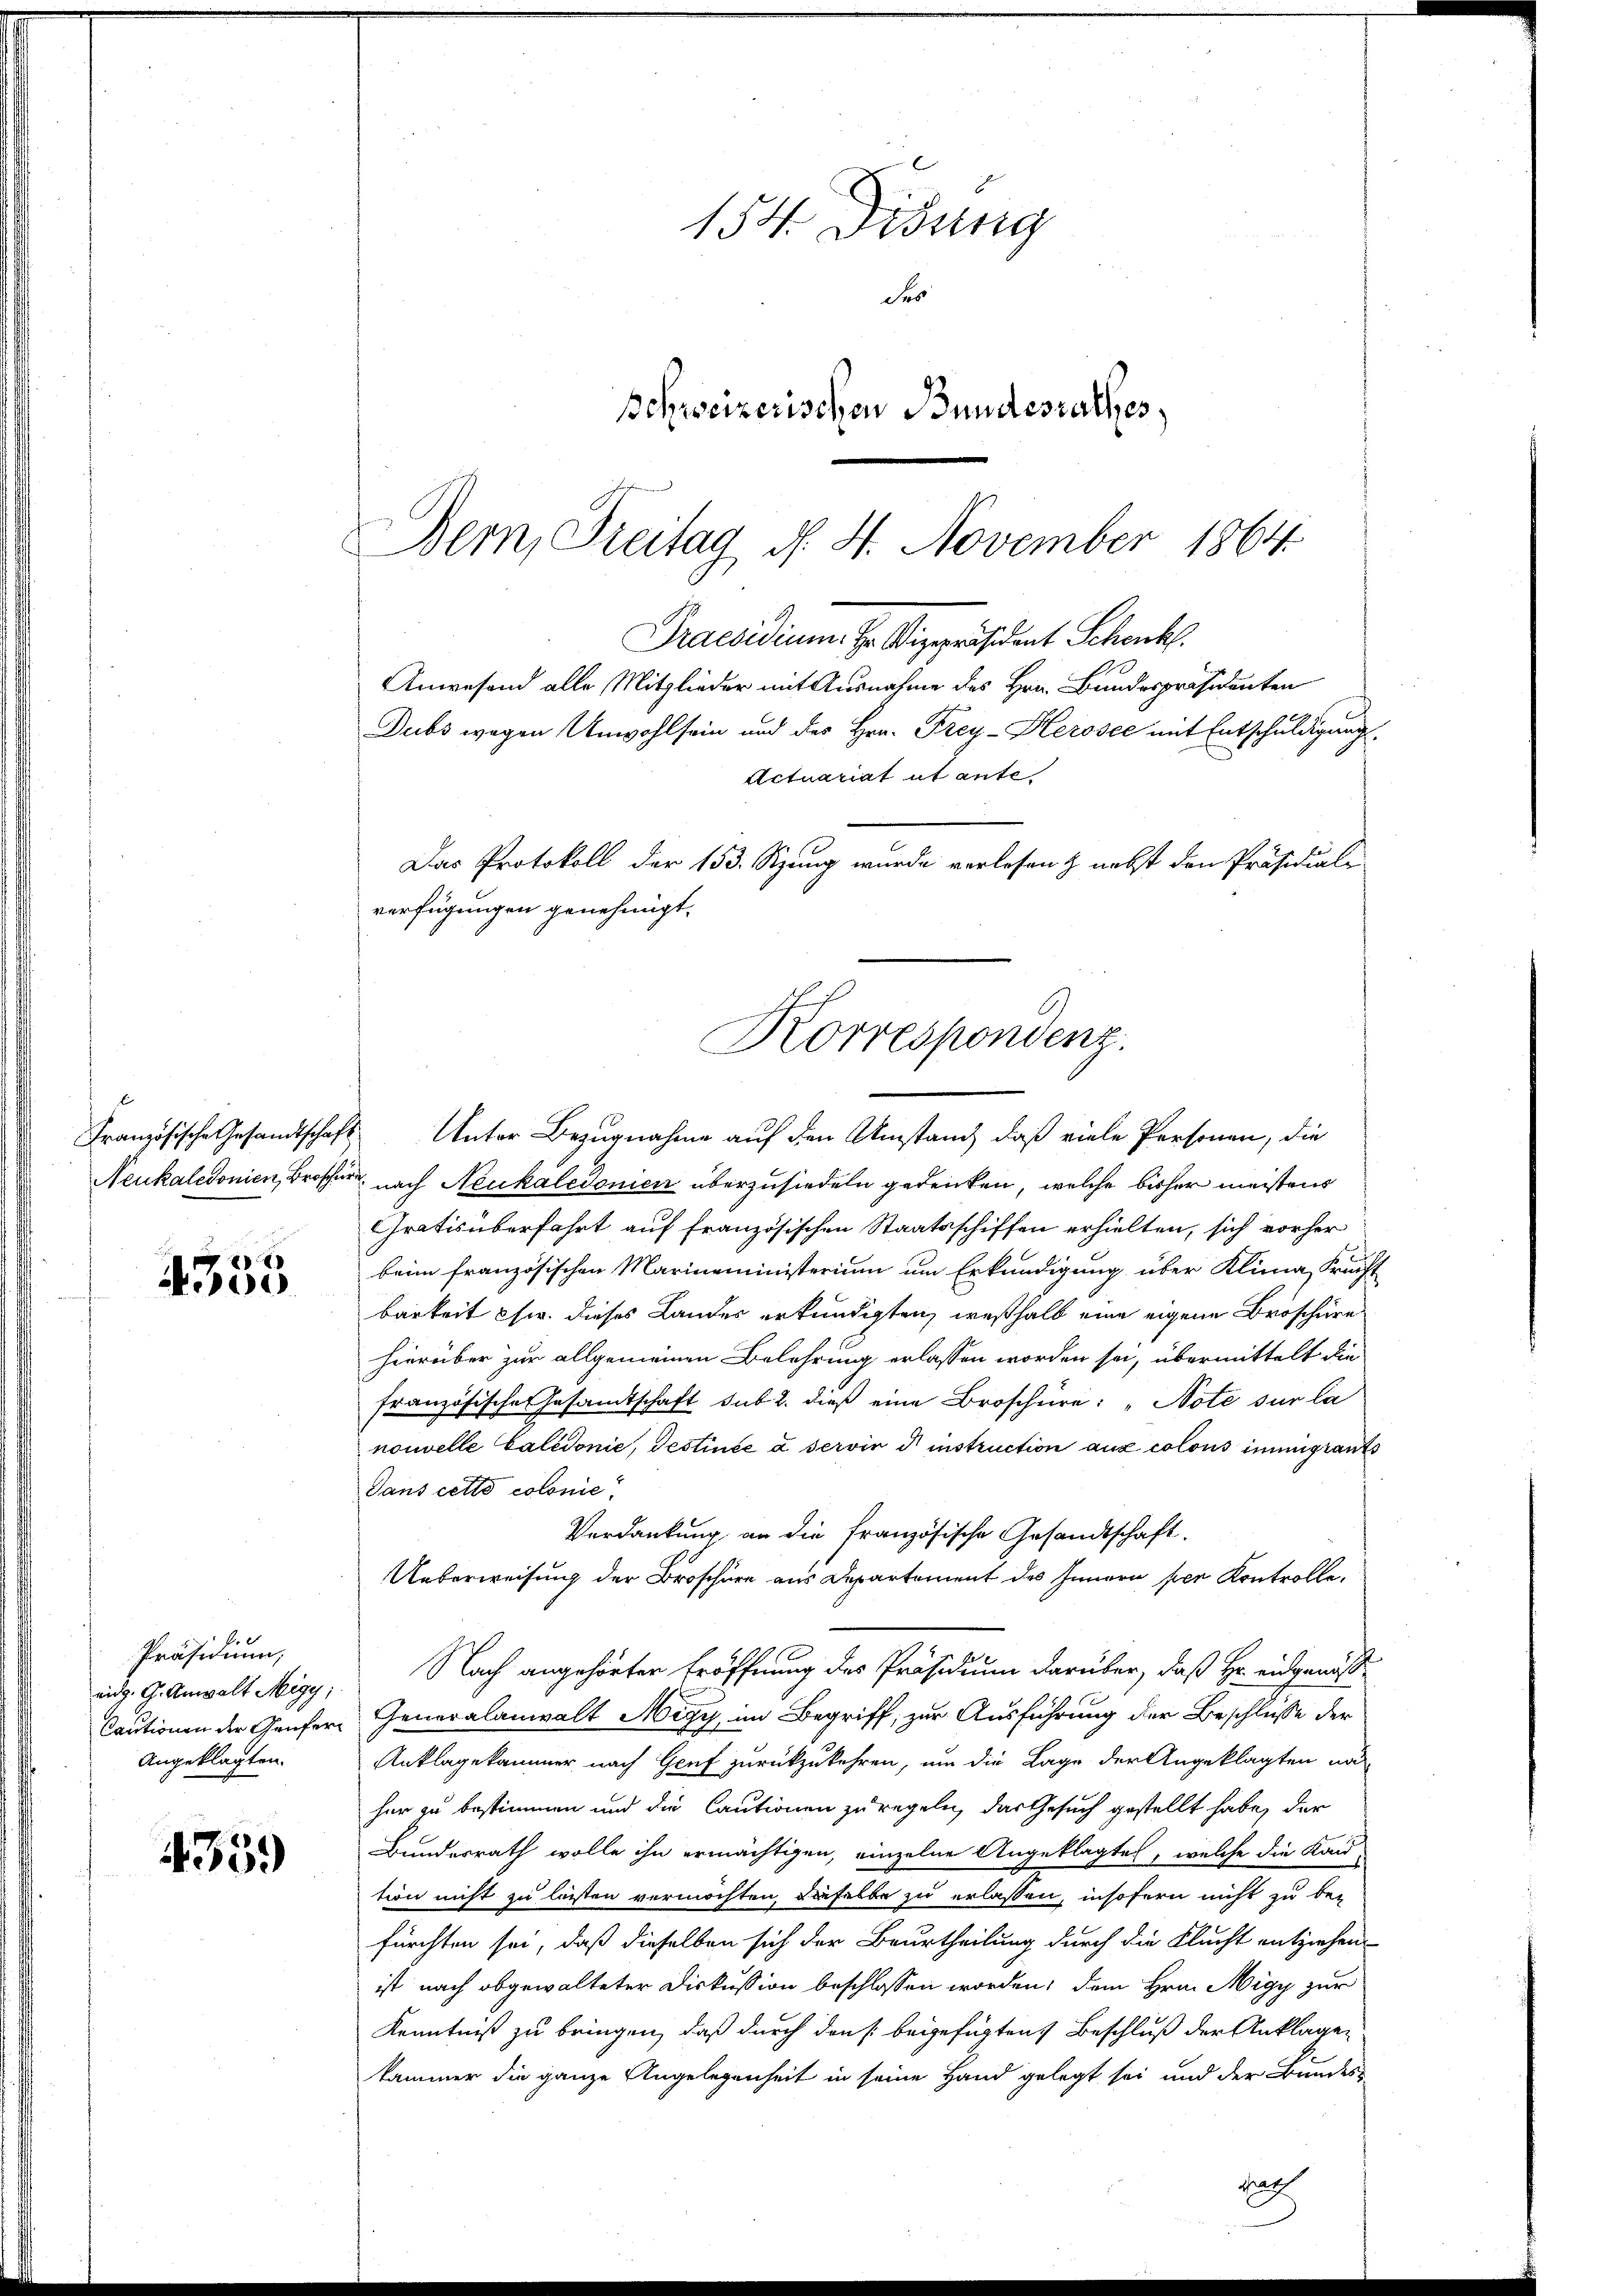
4335

.
Präsidium,
eidg. G. Anwalt Migy;
Cautionen der Genfer¬
Angeklagten.

459

154. Didung
des
Schweizerischen Bundesrathes,

Bern, Freitag d. 4. November 1864.
Praesidium. H. Vizepräsident Schank.
Anwesend alle Mitglieder mit Ausnahme des Hrn. Bundespräsidenten
Dubs wegen Unwohl sein und der Hrn. Frey-Herosee mit Entschuldigung.
Actuariat et ante
Das Protokoll der 153. Sitzung wurde verlesen & nebst den Präsidiale
verfügungen genehmigt.
Korrespondenz.

dasch

Französische Gesandtschaft Unter Bezugnahme auf den Umstand, daß viele Personen, die
Neukaledonien, Broscher nach Neukaledonien überzusiedeln gedenken, welche bisher meistens
Gratis überfahrt auf französischen Staatsschiffen erhielten, sich vorher
beim französischen Marineministerium um Erkundigung über Klima, Frucht
barkeit usw. dieses Landes erkundigten, weßhalb eine eigene Broschüre
hierüber zur allgemeinen Belehrung erlassen worden sei, übermittelt die
französische Gesamtschaft sub 2. dieß eine Broschüre: „Note sur la
nouvelle Calidonić, Testinée à servie d instruction aus colons immigrants
Sans cetto colonie
Verdankung an die französische Gesandtschaft.
Ueberweisung der Broschüre aus Departement des Innern per Kontrolle.
Nach angehörter Eröffnung des Präsidium darüber, daß Hr. eidgenöß¬
Generalanwalt Migy, im Begriff, zur Ausführung der Beschlüsse der
Anklagekammer nach Genf zurückzukehren, um die Lage der Angeklagten na
her zu bestimmen und die Cautionen zu regeln, das Gesuch gestellt habe, der
Bundesrath wolle ihn ermächtigen, einzelne Angeklagtes, welche die Kond-
tion nicht zu leisten vermöchten, dieselbe zu erlassen, insofern nicht zu bei
fürchten sei, daß dieselben sich der Beurtheilung durch die Flucht entziehen
ist nach abgewalteter Diskussion beschlossen worden, dem Hrn. Nigy zur
Kenntniß zu bringen, daß durch den beigefügten Beschluß der Anklagen
kammer die ganze Angelegenheit in seine Hand gelegt sei und der Bundes-